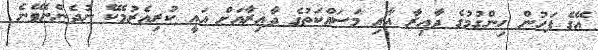
އޭގެ ފަހުން ހިންގުމުގެ ދާއިރާ އާއި މަސައްކަތުގެ ދާއިރާއަށް އައީ ކުރިއެރުމެކޭ ނުދެންނެވޭނެ